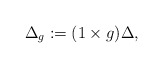
\begin{align*}\Delta_g := (1\times g) \Delta,\end{align*}